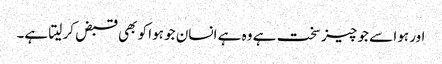
اور ہوا سے جو چیز سخت ہے وہ ہے انسان جو ہوا کو بھی قبض کر لیتا ہے۔